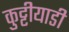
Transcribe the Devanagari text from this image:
कुट्टीयाडी